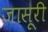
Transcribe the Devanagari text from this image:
जासूरी